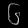
Digit: ၆